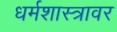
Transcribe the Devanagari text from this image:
धर्मशास्त्रावर